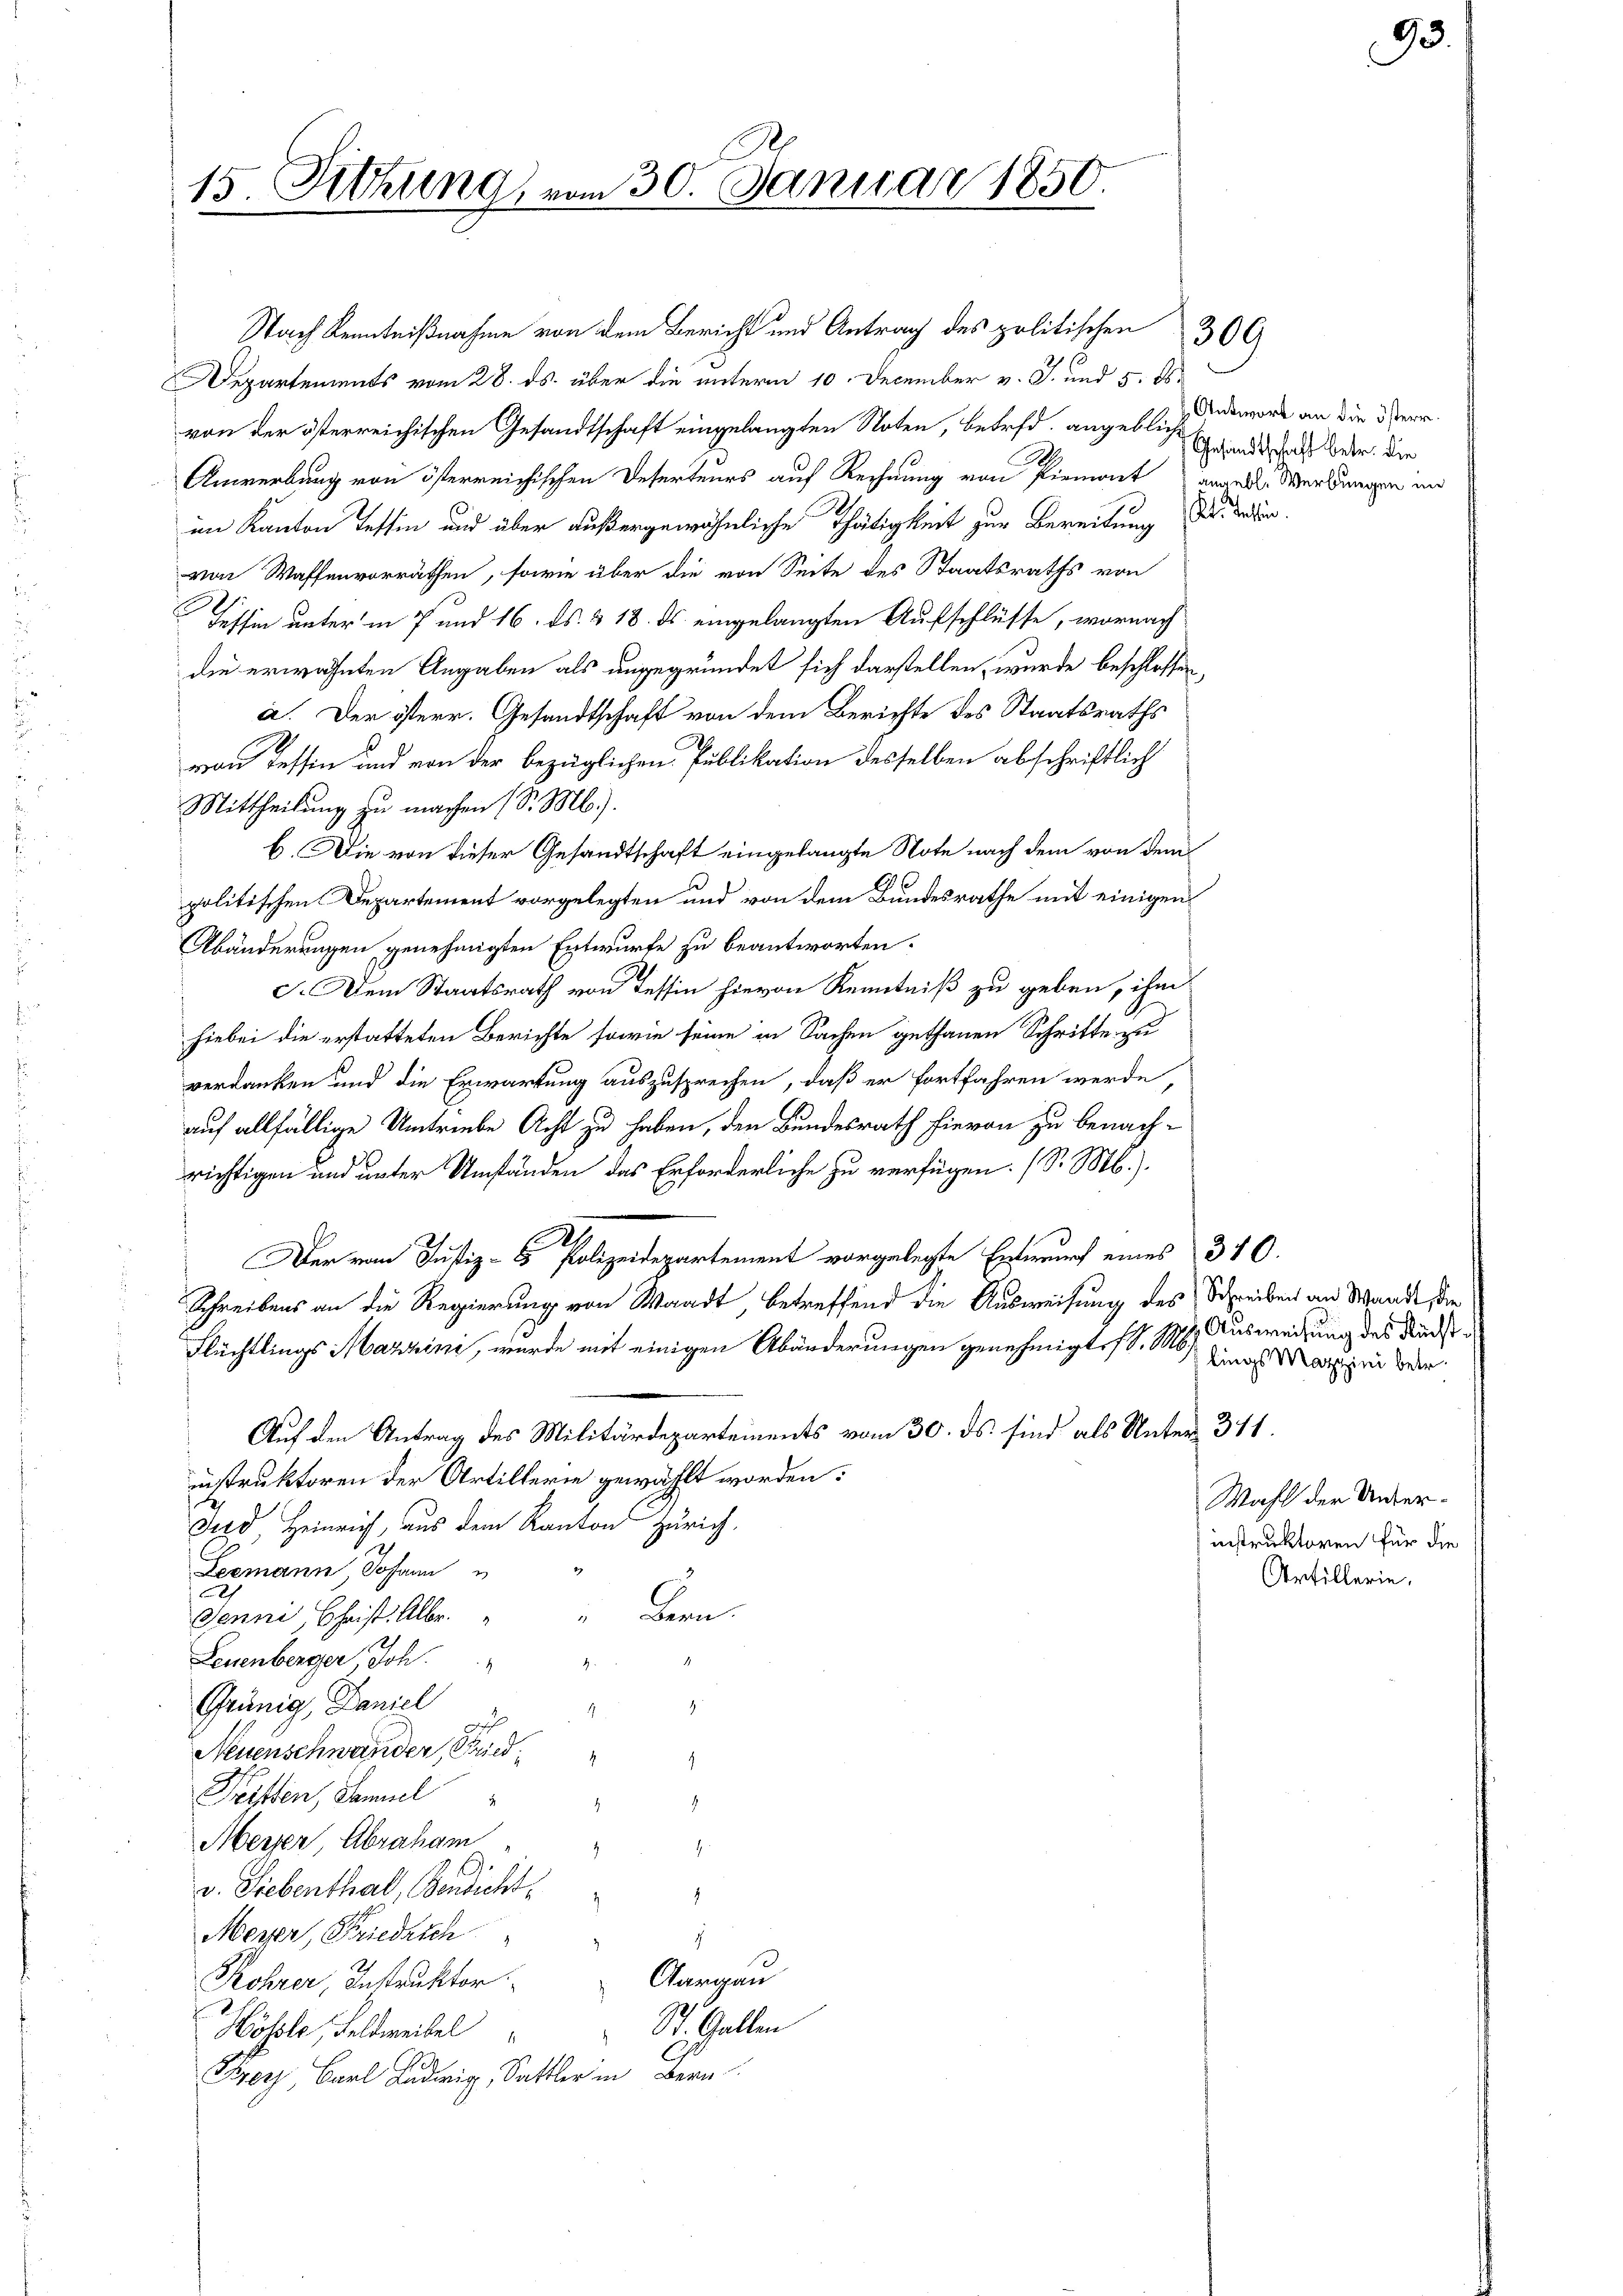
15. Sitzung vom 30. Januar 1850.

Nach Kenntnißnahme von dem Bericht und Antrag des politischen 300
Departements vom 28. ds. über die unterm 10. December v. J. und 5. ds.
von der österreichischen Gesandtschaft eingelangten Noten, betret, angebles amort an die Herr
Anwerbung von österreichischen Deserteurs auf Rechnung von Piemont angels Werkungen in
im Kanton Tessin und über außergewöhnliche Thätigkeit zur Bereitung des de
von Waffenvorräthen, sowie über die von Seite des Staatsraths von
Tessin unter in 7 und 16. ds. & 18. ds. eingelangten Aufschlüsse, wornach
die erwähnten Angaben als ungegründet sich darstellen wurde beschlossen,
a. Der österr. Gesandtschaft von dem Berichte des Staatsraths
von Tessin und von der bezüglichen Publikation desselben abschriftlich
Mittheilung zu machen (S. M.).
b. Die von dieser Gesandtschaft eingelangte Note nach dem von dem
politischen Departement vorgelegten und von dem Bundesrathe mit einigen
Abänderungen genehmigten Entwurfe zu beantworten.
c. Dem Staatsrath von Tessin hievon Kenntniß zu geben, ihm
hiebei die erstatteten Berichte sowie seine in Sachen gethanen Schritte zu
verdanken und die Erwartung auszusprechen, daß er fortfahren werde,
auf allfällige Umtriebe Acht zu haben, den Bundesrath hievon zu benachrichtigen und unter Umständen das Erforderliche zu verfügen. (S. M.).
Der vom Justiz- Polizeidepartement vorgelegte Entwurf eines 340.
Schreibens an die Regierung von Waadt, betreffend die Ausweisung des Schreiben an Wande, die
Flüchtlings Marzini, wurde mit einigen Abänderungen genehmigt. IV. M.
Auf den Antrag des Militärdepartements vom 30. ds. sind als Unter 311.
instruktoren der Artillerie gewählt worden:
Jed, Heinrich, aus dem Kanton Zürich,
Leemann Johann
Bern
Jenni, Christ. Albe
Leuenberger, Joh. " "
Grünig Daniel " " "
Neuenschwander, Fried
.
Pretten, Samuel
.
Meyer, Abraham
E
.
v. Siebenthal, Bendicht,
4
Meyer, Friedrich
.
Aargau
Rohrer, Instruktor
St. Gallen
Hösele, Feldweibel
Ber, Barl Ludwig, Sattler in Bern

Gesandtschaft betr. die

Ausweisung des Recht.
lings Maggini betr.

Wahl der Unterinstruktoren für die
Artillerie.